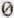
0